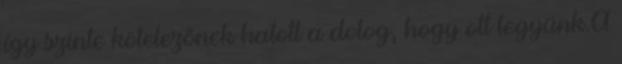
így szinte kötelezőnek hatott a dolog, hogy ott legyünk.A